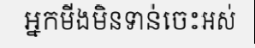
អ្នកមីងមិនទាន់ចេះអស់